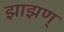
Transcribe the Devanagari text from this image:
झाझण्